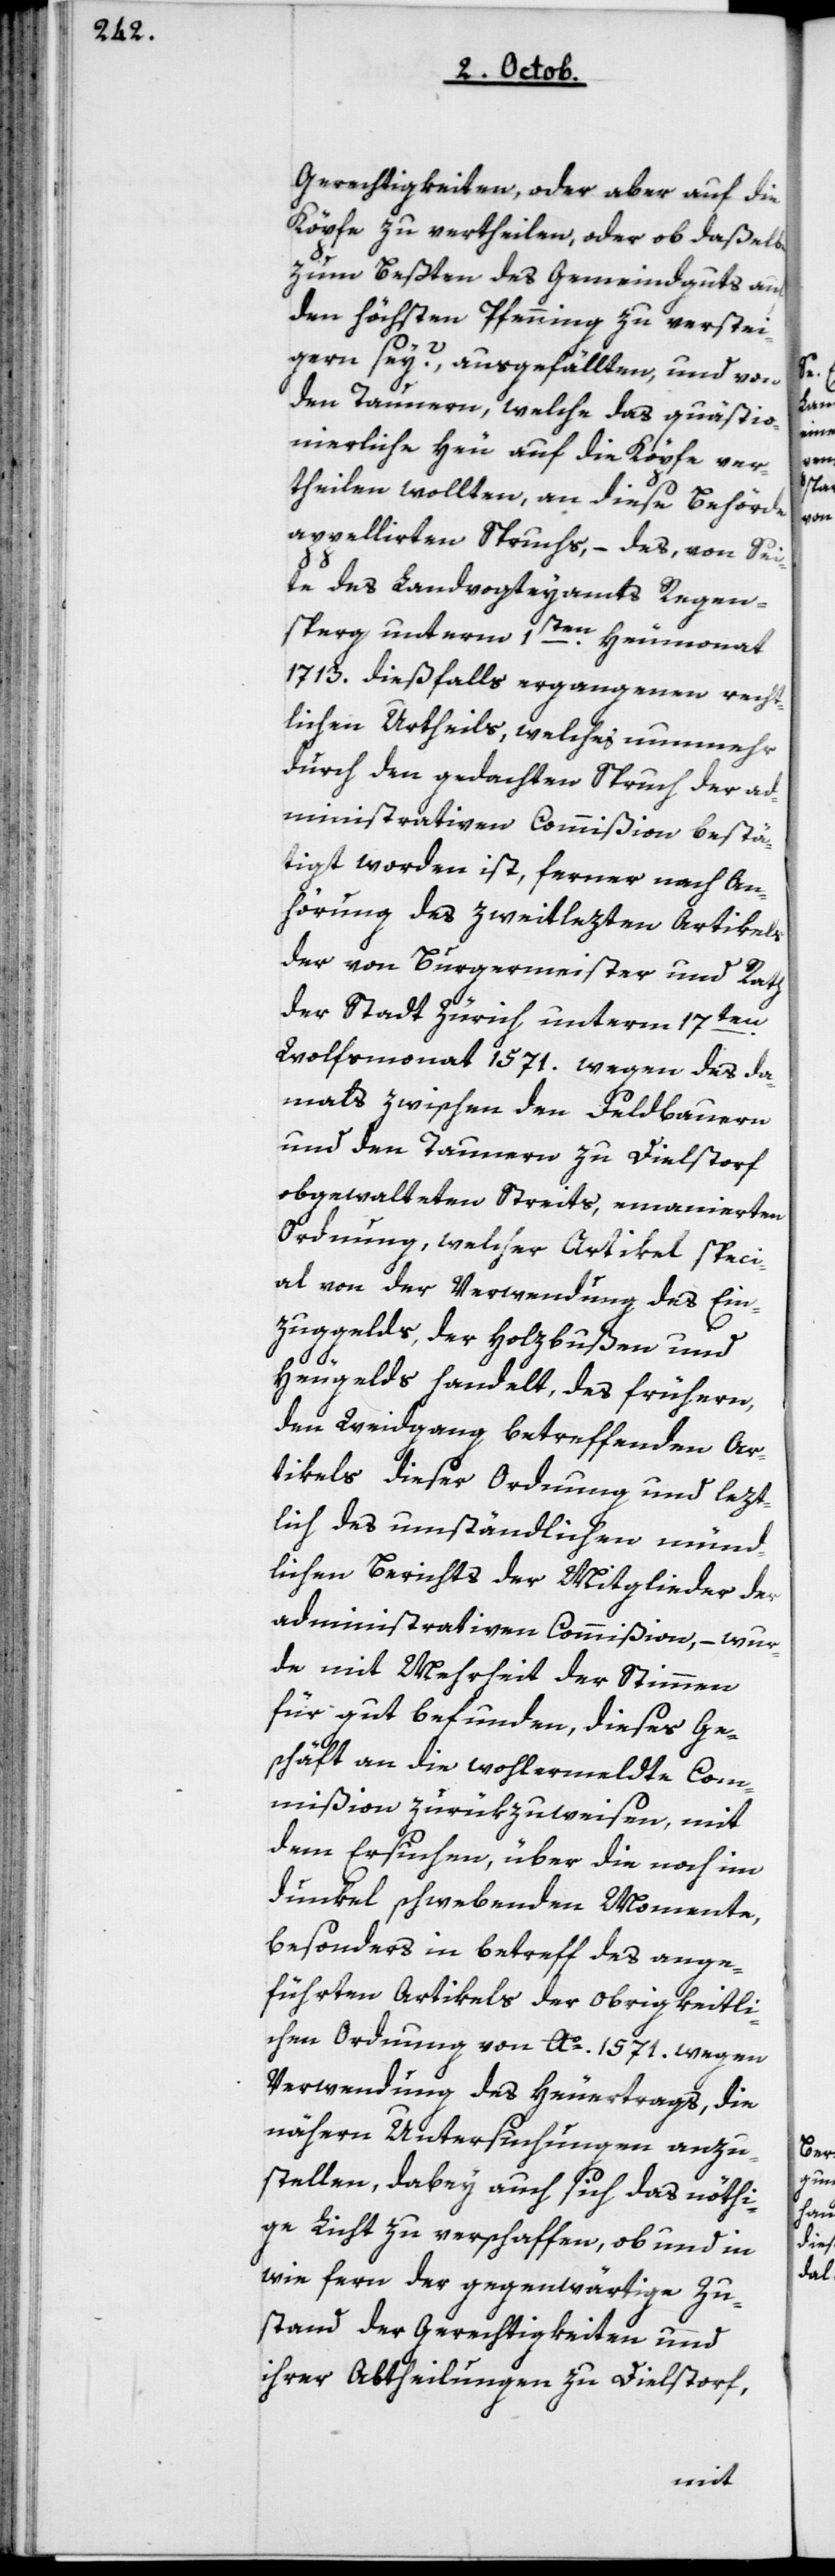
Gerechtigkeiten, oder aber auf die
Köpfe zu vertheilen, oder ob daßelbe
zum Besten des Gemeindguts auf
den höchsten Pfenning zu verstei¬
gern sey?, ausgefällten, und von
den Taunern, welche das quästio¬
nierliche Heu auf die Köpfe ver¬
theilen wollten, an diese Behörde
appellierten Spruchs, – das von Sei¬
te des Landvogteyamts Regen¬
sperg unterm 1ten Heumonat
1713 dießfalls ergangenen rech¬
tlichen Urtheils, welches nunmehr
durch den gedachten Spruch der ad¬
ministrativen Commißion bestä¬
tigt worden ist, ferner nach An¬
hörung des zweitlezten Artikels
der von Burgermeister und Rath
der Stadt Zürich unterm 17ten
Wolfsmonat 1571 wegen des da¬
mals zwischen den Feldbauern
und den Taunern zu Dielstorf
obgewalteten Streits, emanierten
Ordnung, welcher Artikel speci¬
al von der Verwendung des Ein¬
zugsgelds, der Holzbußen und
Heugelds handelt, des frühern,
den Weidgang betreffenden Ar¬
tikels dieser Ordnung und lezt¬
lich des umständlichen münd¬
lichen Berichts der Mitglieder der
administrativen Commißion, – wur¬
de mit Mehrheit der Stimmen
für gut befunden, dieses Ge¬
schäft an die wohlermeldte Com¬
mißion zurükzuweisen, mit
dem Ersuchen, über die noch im
Dunkel schwebenden Momente,
besonders in Betreff des ange¬
führten Artikels der obrigkeitli¬
chen Ordnung von Ao. 1571 wegen
Verwendung des Heuertrags, die
nähern Untersuchungen anzu¬
stellen, dabey auch sich das nöthi¬
ge Licht zu verschaffen, ob und in¬
wiefern der gegenwärtige Zu¬
stand der Gerechtigkeiten und
ihrer Abtheilungen zu Dielstorf,